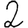
Digit: 2